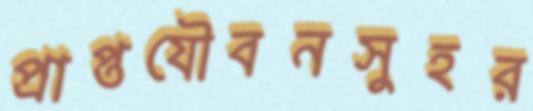
প্রাপ্তযৌবনসুহর